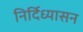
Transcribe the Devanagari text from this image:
निर्दिध्यासन